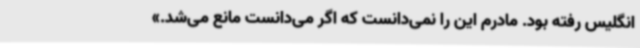
انگلیس رفته بود. مادرم این را نمی‌دانست که اگر می‌دانست مانع می‌شد.»